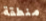
منطقة